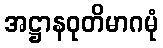
အဋ္ဌာနဝုတိမာဂမုံ